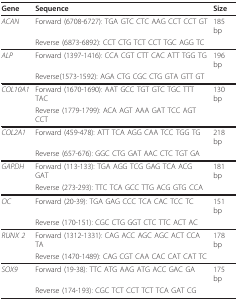
<table><thead><tr><td><b>Gene</b></td><td><b>Sequence</b></td><td><b>Size</b></td></tr></thead><tbody><tr><td><i>ACAN</i></td><td>Forward (6708-6727): TGA GTC CTC AAG CCT CCT GT</td><td>185 bp</td></tr><tr><td></td><td>Reverse (6873-6892): CCT CTG TCT CCT TGC AGG TC</td><td></td></tr><tr><td><i>ALP</i></td><td>Forward (1397-1416): CCA CGT CTT CAC ATT TGG TG</td><td>196 bp</td></tr><tr><td></td><td>Reverse(1573-1592): AGA CTG CGC CTG GTA GTT GT</td><td></td></tr><tr><td><i>COL10A1</i></td><td>Forward (1670-1690): AAT GCC TGT GTC TGC TTT TAC</td><td>130 bp</td></tr><tr><td></td><td>Reverse (1779-1799): ACA AGT AAA GAT TCC AGT CCT</td><td></td></tr><tr><td><i>COL2A1</i></td><td>Forward (459-478): ATT TCA AGG CAA TCC TGG TG</td><td>218 bp</td></tr><tr><td></td><td>Reverse (657-676): GGC CTG GAT AAC CTC TGT GA</td><td></td></tr><tr><td><i>GAPDH</i></td><td>Forward (113-133): TGA AGG TCG GAG TCA ACG GAT</td><td>181 bp</td></tr><tr><td></td><td>Reverse (273-293): TTC TCA GCC TTG ACG GTG CCA</td><td></td></tr><tr><td><i>OC</i></td><td>Forward (20-39): TGA GAG CCC TCA CAC TCC TC</td><td>151 bp</td></tr><tr><td></td><td>Reverse (170-151): CGC CTG GGT CTC TTC ACT AC</td><td></td></tr><tr><td><i>RUNX 2</i></td><td>Forward (1312-1331): CAG ACC AGC AGC ACT CCA TA</td><td>178 bp</td></tr><tr><td></td><td>Reverse (1470-1489): CAG CGT CAA CAC CAT CAT TC</td><td></td></tr><tr><td><i>SOX9</i></td><td>Forward (19-38): TTC ATG AAG ATG ACC GAC GA</td><td>175 bp</td></tr><tr><td></td><td>Reverse (174-193): CGC TCT CCT TCT TCA GAT CG</td><td></td></tr></tbody></table>